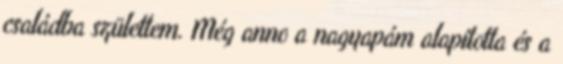
családba születtem. Még anno a nagyapám alapította és a